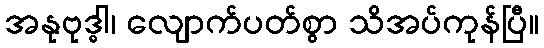
အနုဗုဒ္ဓါ၊ လျောက်ပတ်စွာ သိအပ်ကုန်ပြီ။